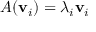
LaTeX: A ( \mathbf { v } _ { i } ) = \lambda _ { i } \mathbf { v } _ { i }